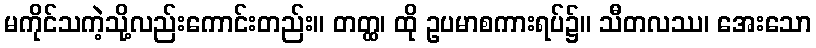
မကိုင်သကဲ့သို့လည်းကောင်းတည်း။ တတ္ထ၊ ထို ဥပမာစကားရပ်၌။ သီတလဿ၊ အေးသော